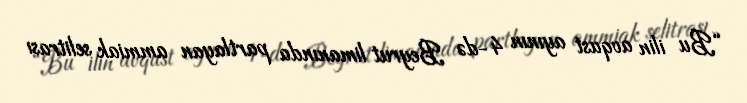
“Bu ilin avqust ayının 4-də Beyrut limanında partlayan ammiak selitrası